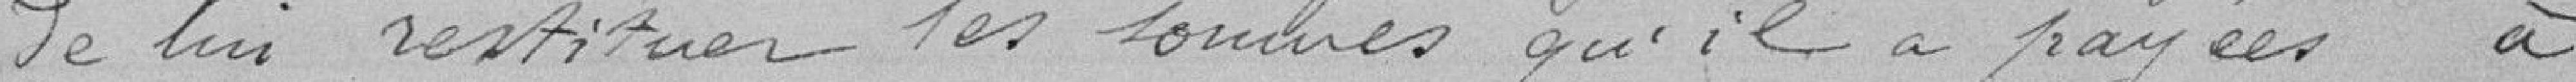
de lui restituer les sommes qu'il a payées à